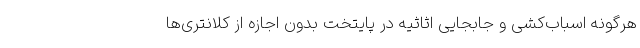
هرگونه اسباب‌کشی و جابجایی اثاثیه در پایتخت بدون اجازه از کلانتری‌ها